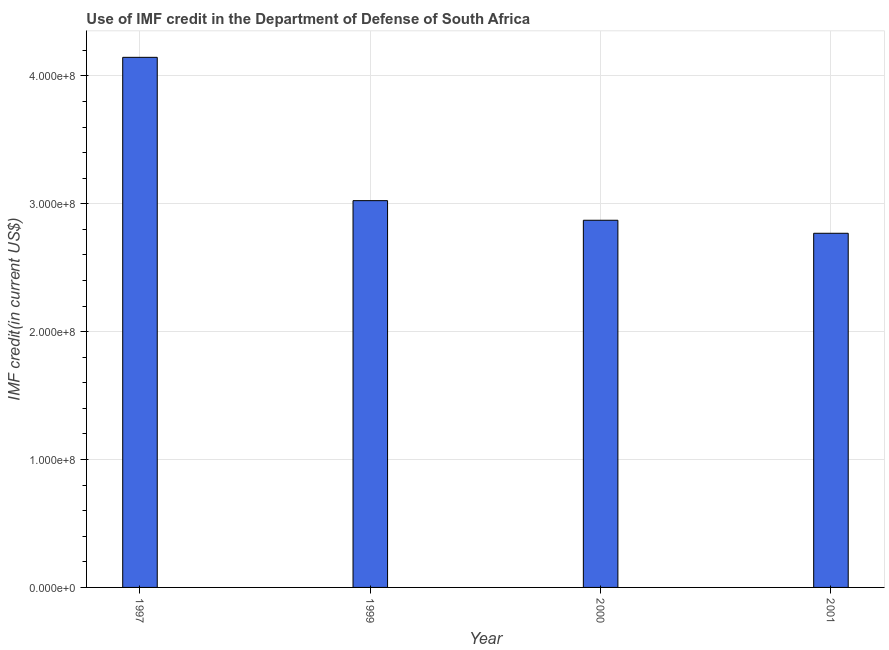
| Year | Use of IMF credit (DOD |
 | --- | --- |
 | 1997 | 4.15e+08 |
 | 1999 | 3.02e+08 |
 | 2000 | 2.87e+08 |
 | 2001 | 2.77e+08 |